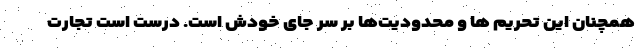
همچنان این تحریم ‌ها و محدودیت‌ها بر سر جای خودش است. درست است تجارت